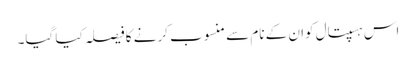
اس ہسپتال کوان کے نام سے منسوب کرنے کا فیصلہ کیا گیا۔